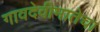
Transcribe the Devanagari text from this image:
गावदेवीमातेचा